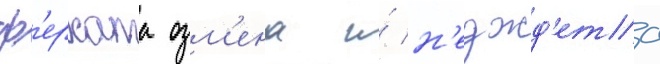
ф'ерхата озм'ена и́ н'еджд'ета